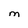
Character: M